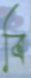
বি